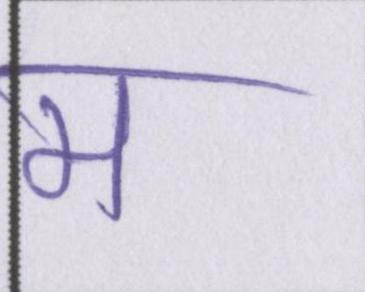
म